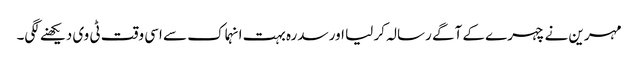
مہرین نے چہرے کے آگے رسالہ کر لیا اور سدرہ بہت انہماک سے اسی وقت ٹی وی دیکھنے لگی۔